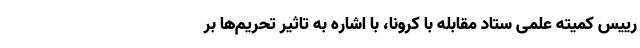
رییس کمیته علمی ستاد مقابله با کرونا، با اشاره به تاثیر تحریم‌ها بر